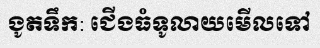
ងូតទឹក: ជើងធំទូលាយមើលទៅ